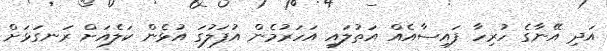
އަދި އޭނާގެ ހުރިހާ ފައިސާއެއް އަތުލައި އަހަރުމެން އުފަލުގަ އުޅެން ކަލެއަށް ރަނގަޅަށް